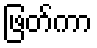
ဖြတ်ကာ